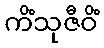
ကိံသုဇီဝိံ